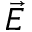
\vec { E }